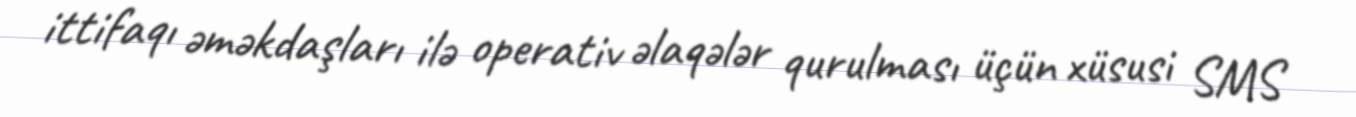
ittifaqı əməkdaşları ilə operativ əlaqələr qurulması üçün xüsusi SMS